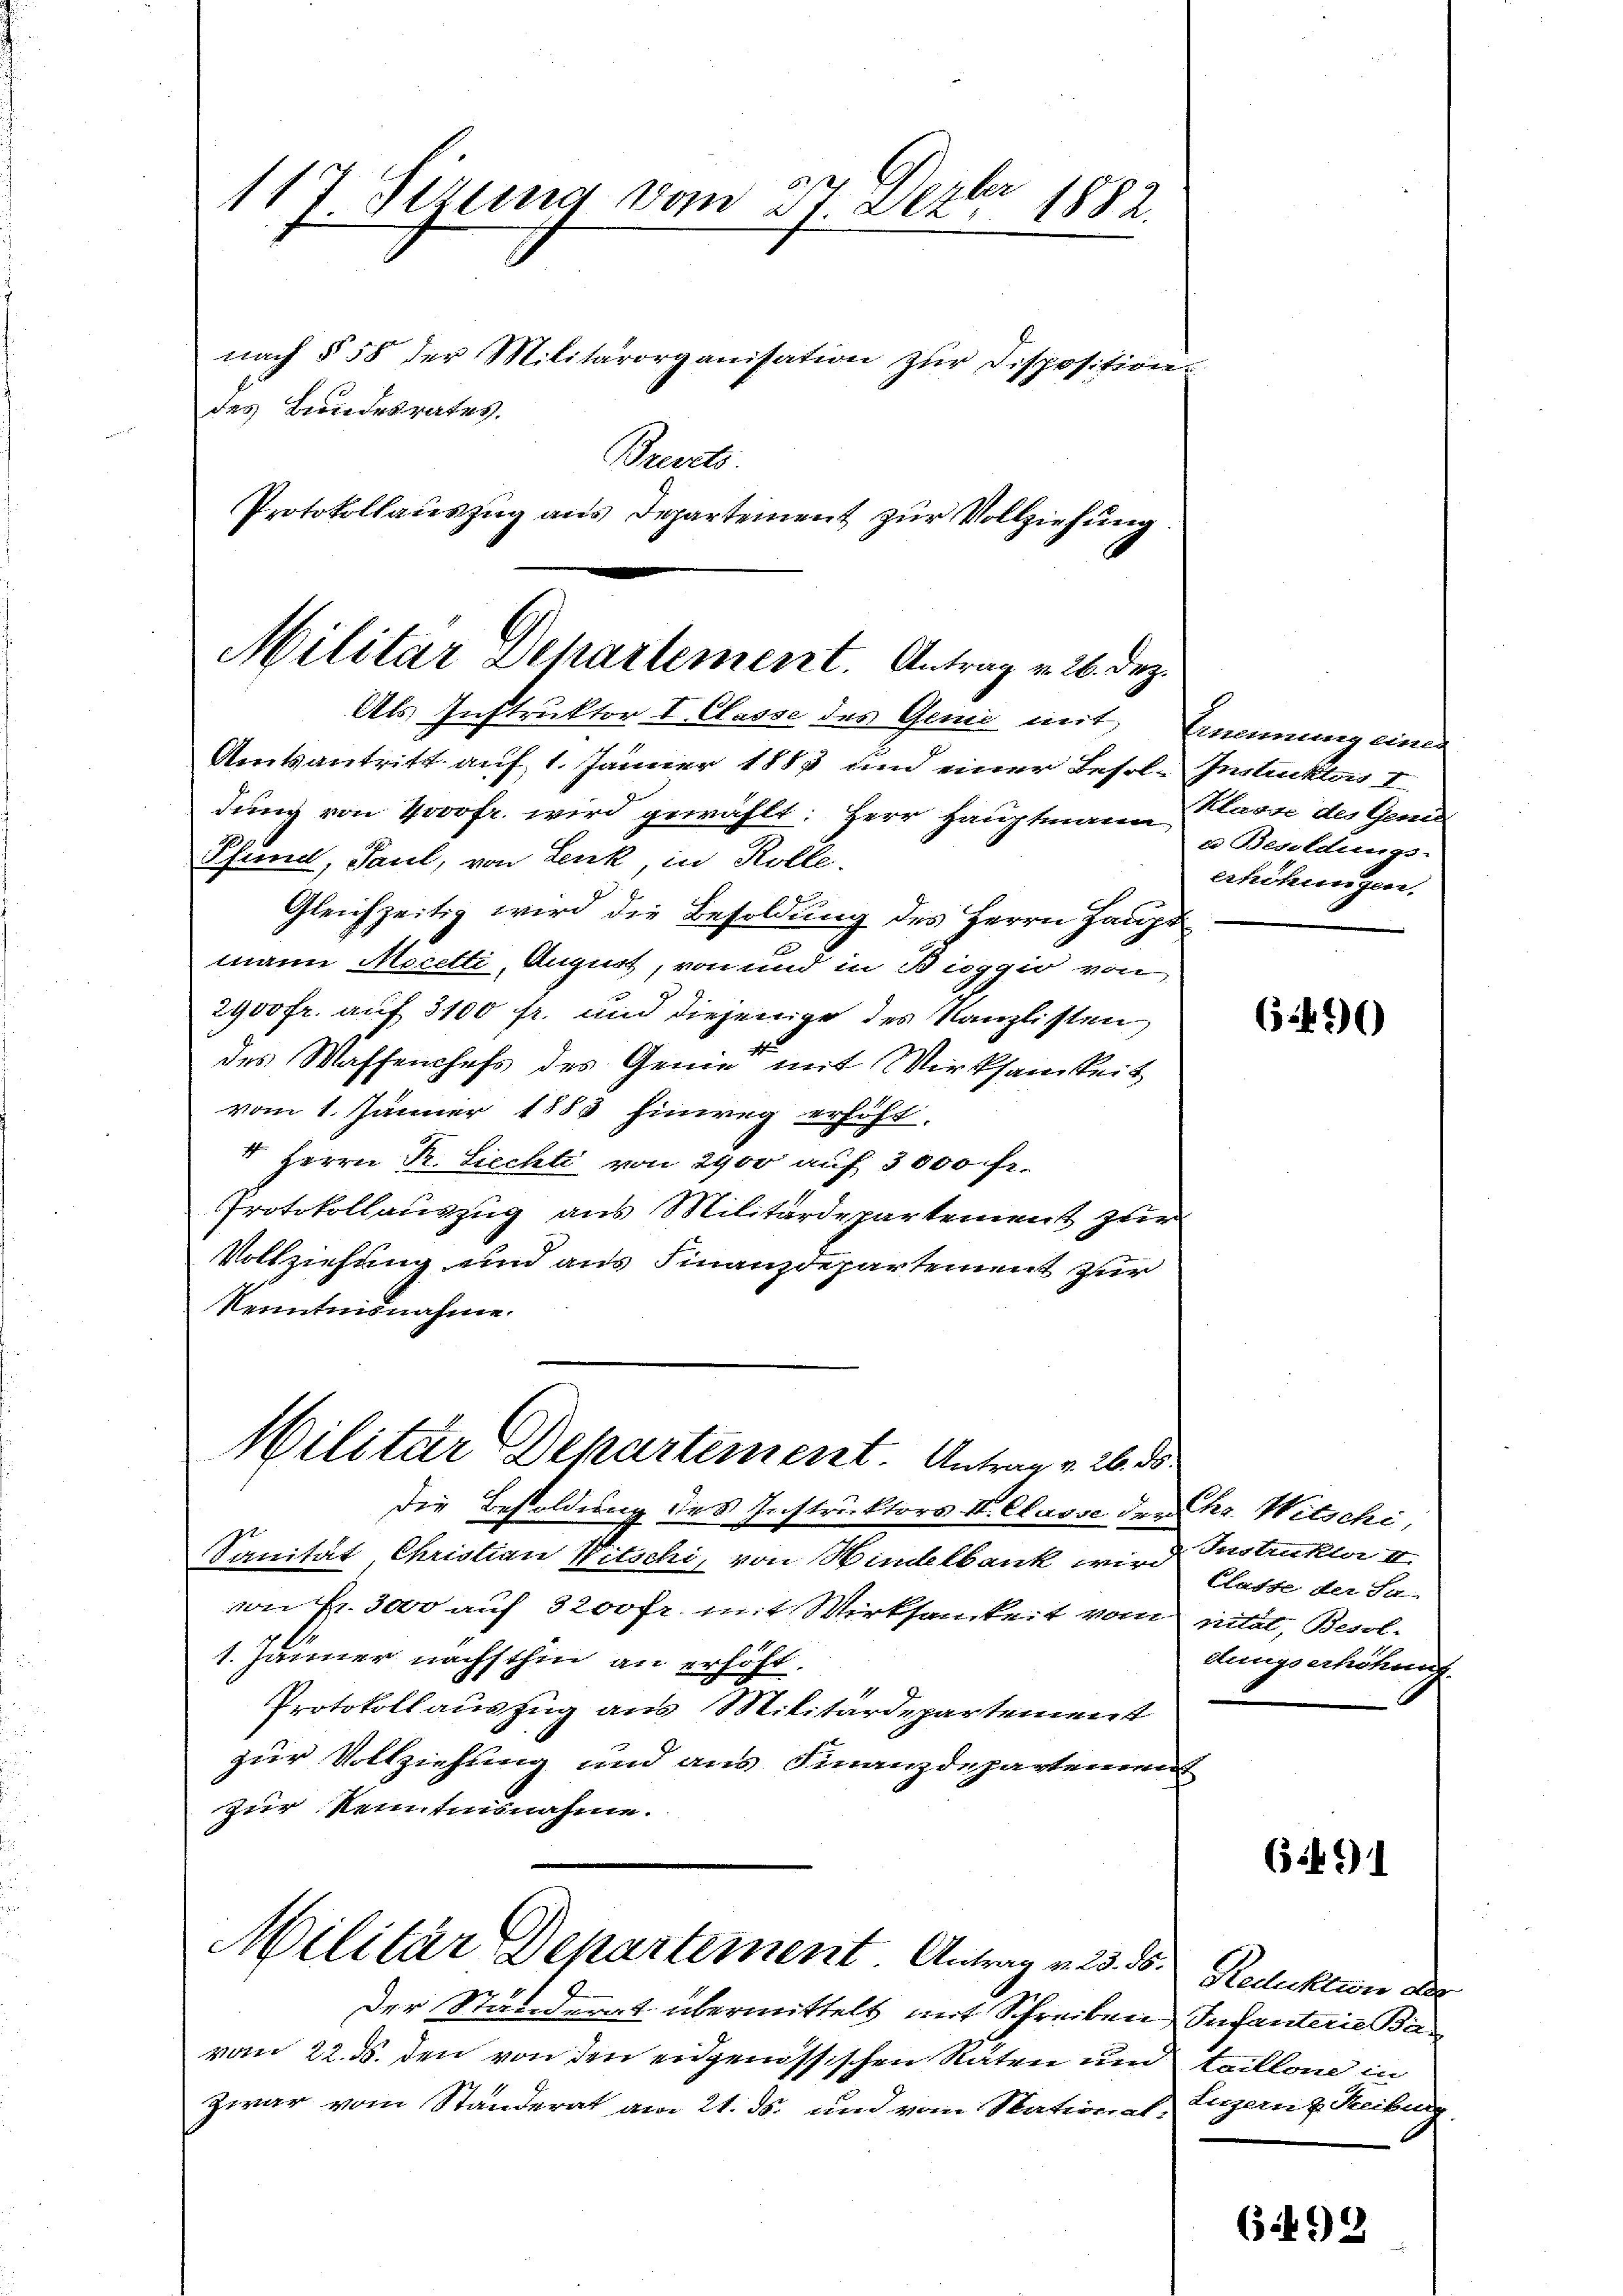
117. Sitzung von st. Dezbr 1882.
nach § 58 der Militärorganisation zur Disposition.
des Bundesrates.
Brevets.

Militar Separtement. Antrag v. 26. dez.

Protokollaŭszŭg aŭs Departement zur Vollziehung

Als Instruktor I. Classe des Genei mit
Amtsantritt auf 1. Jänner 1885 und einer Besoldung von Jovofr. wird gewählt: Herr Hauptmann
Pfund, Paul, von Lenk, in Rolle.
Gleichzeitig wird die Besoldung des Herrn Hauptmann Moretti, August, von und in Bioggio von
2900fr. auf 3100 fr. und diejenige des Kanzlisten
des Waffenhefs des Genie mit Wirksamkeit
vom 1. Jänner 1883 hinweg erhöht.
5 Herrn Kr. Liechti von 2900 auf 3000 Fr.
Protokollauszug aus Militärdepartement zur
Vollziehung und aus Finanzdepartement zur
Kenntnisnahme.

von Fr. 3000 auf 3200fr. mit Wirksamkeit vom
1. Jänner nachsthin an erhöht.
Protokoll auszug aus Militärdepartement
zur Vollziehung und aus Finanzdepartement
zur Kenntnisnahme.

Militar Departement. Unter v. 26. ds.
die Besoldung des Instruktors V. Classe der
Sanität Christian Witschi, von Windelbank wird

Militar Departement. Antrag v. 23. ds.

der Standerat übermittelt mit Schreiben,
vom 22. d. den von den eidgenössischen Räten um
zwar vom Standerat am 21. Js. und vom Stational-

Anennung eines
Instruktors I.
Klasse des Genir
ue Besoldungserhöhungen.

(354)

Chr. Witschi,
Fristruktor II.
Classe der Su-
rität, Besch.
dungserhöhung

(5:2) I

(5:2) 2

Reduktion der
Infanterie Ba
taillone in
Luzern 2 Reibung